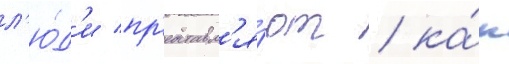
л'ю́д'и пр'едставл'я́ют / ка́к